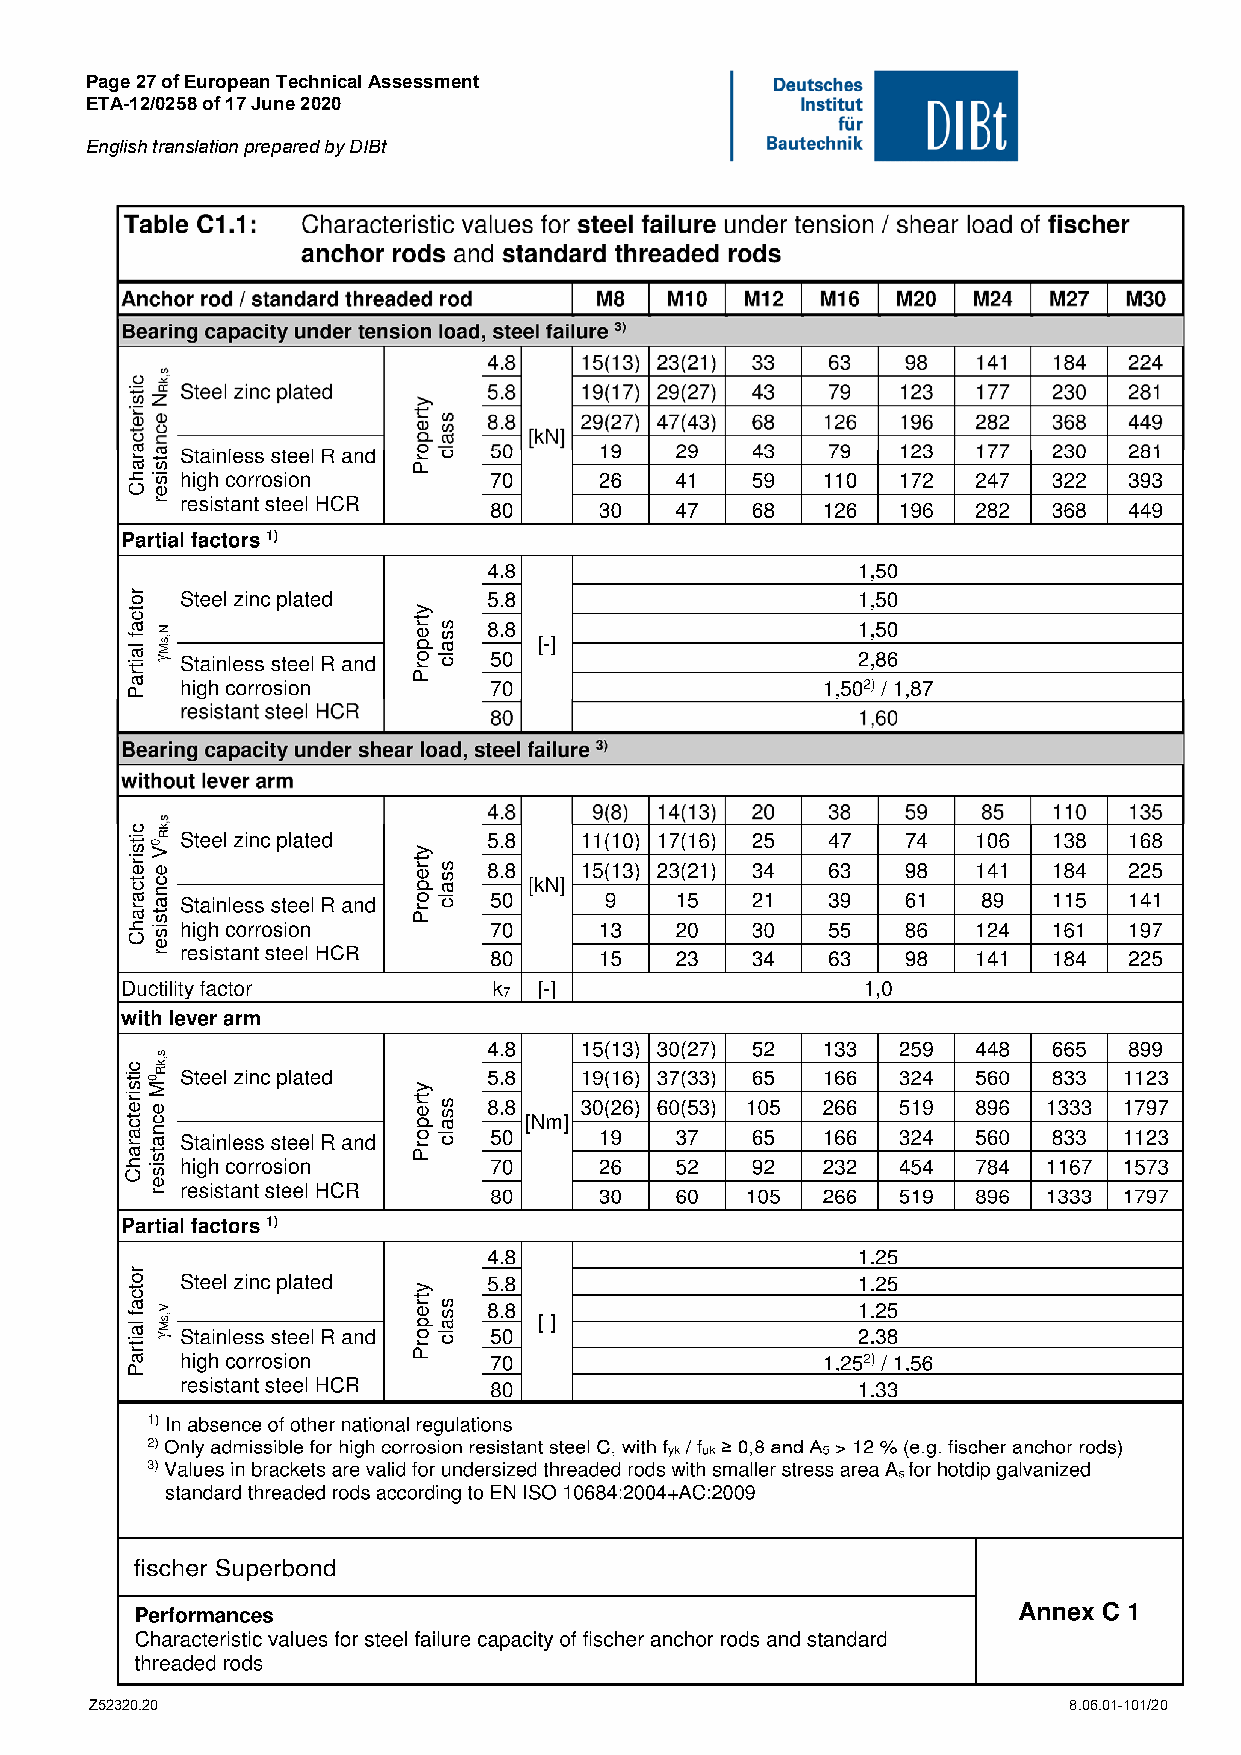
Page 27 of European Technical Assessment
 ETA-12/0258 of 17 June 2020
 English translation prepared by DIBt
 Z52320.20                                                        8.06.01-101/20